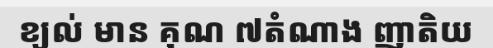
ខ្យល់ មាន គុណ ៧តំណាង ញាតិយ